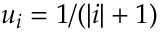
u _ { i } = 1 / ( | i | + 1 )